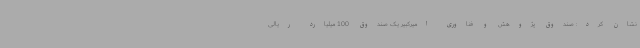
نشان کرد: صندوق پژوهش و فناوری امیرکبیر یک صندوق 100 میلیارد ریالی